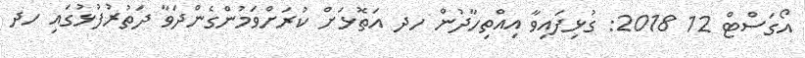
އޯގަސްޓް 12 2018: ގުޅިފައިވާ އިއްތިހާދުން ހދ އަތޮޅަށް ކުރަށްވަމުންގެންދަވާ ދަތުރުފުޅުގައި ހދ